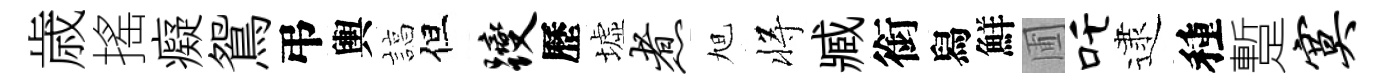
歳搖癡鴛弔輿諄但躞歷墟煮旭将臧銜舄鮮圃吒逮種蹔寞